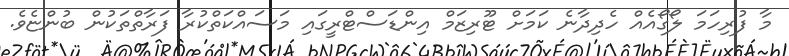
މާ ފުރިހަމަ ލޯގޯއެއް ހެދިދާނެ ކަމަށް ޓޫރިޒަމް އިންޑަސްޓްރީގައި މަސައްކަތްކުރާ ފަރާތްތަކުން ބުންޏެވެ.